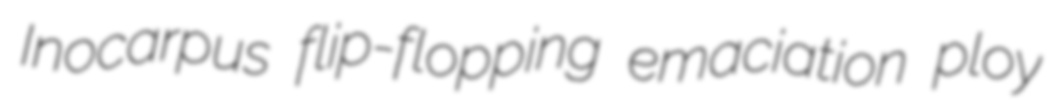
Inocarpus flip-flopping emaciation ploy